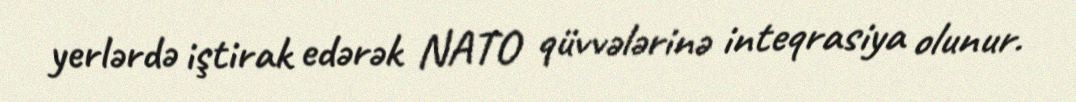
yerlərdə iştirak edərək NATO qüvvələrinə inteqrasiya olunur.